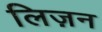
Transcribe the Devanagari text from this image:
लिज़न